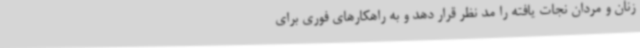
زنان و مردان نجات یافته را مد نظر قرار دهد و به راهکارهای فوری‌ برای